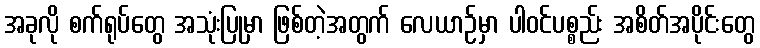
အခုလို စက်ရုပ်တွေ အသုံးပြုမှာ ဖြစ်တဲ့အတွက် လေယာဉ်မှာ ပါဝင်ပစ္စည်း အစိတ်အပိုင်းတွေ